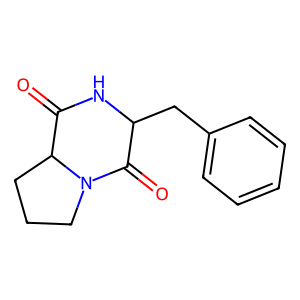
SMILES: O=C1NC(Cc2ccccc2)C(=O)N2CCCC12
Inhibits HIV replication: No